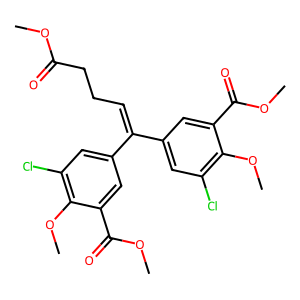
SMILES: COC(=O)CCC=C(c1cc(Cl)c(OC)c(C(=O)OC)c1)c1cc(Cl)c(OC)c(C(=O)OC)c1
Inhibits HIV replication: No